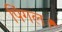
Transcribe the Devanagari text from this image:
पिंगल।